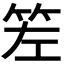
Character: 𥬢